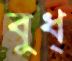
বুধ্